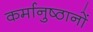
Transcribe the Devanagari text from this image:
कर्मानुष्ठानों